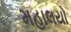
મહાલયો